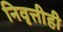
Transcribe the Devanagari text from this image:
निवृत्तीही